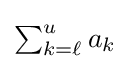
\textstyle \sum _{k=\ell }^{u}a_{k}